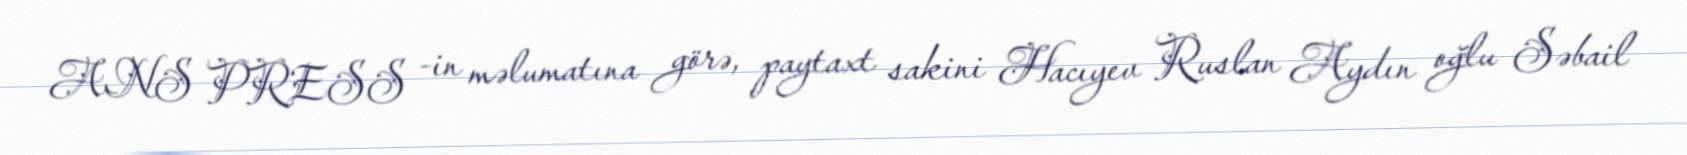
ANS PRESS -in məlumatına görə, paytaxt sakini Hacıyev Ruslan Aydın oğlu Səbail